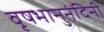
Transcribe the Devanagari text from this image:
वृषभानुनंदिनी